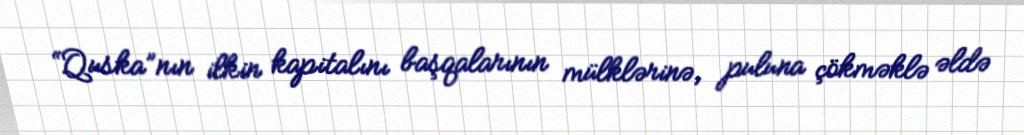
“Quska”nın ilkin kapitalını başqalarının mülklərinə, puluna çökməklə əldə